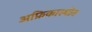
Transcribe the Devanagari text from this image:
अफ्रिकास्थीत